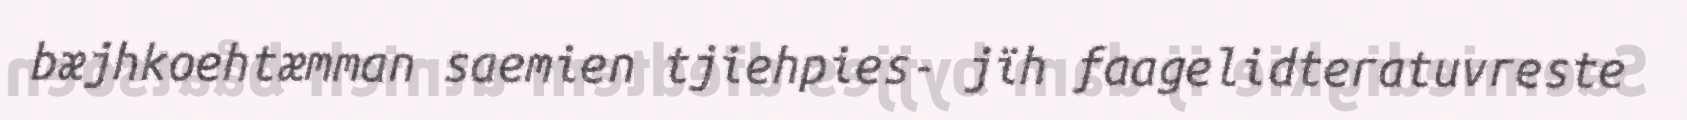
bæjhkoehtæmman saemien tjiehpies- jïh faagelidteratuvreste